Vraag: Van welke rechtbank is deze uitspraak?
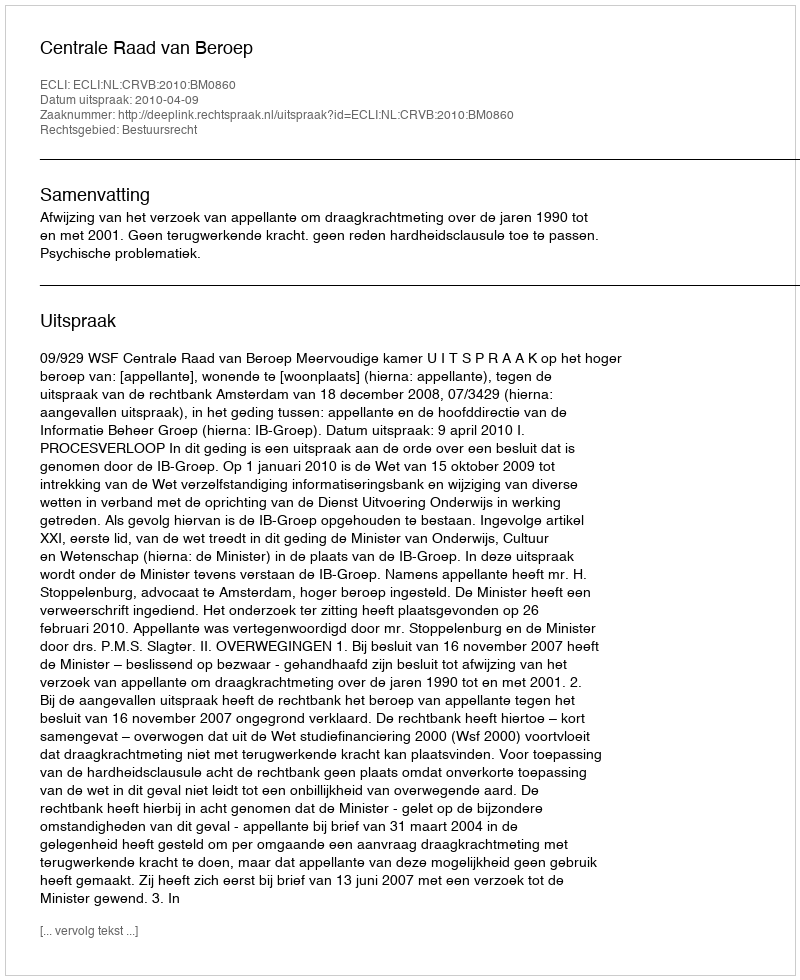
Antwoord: Centrale Raad van Beroep